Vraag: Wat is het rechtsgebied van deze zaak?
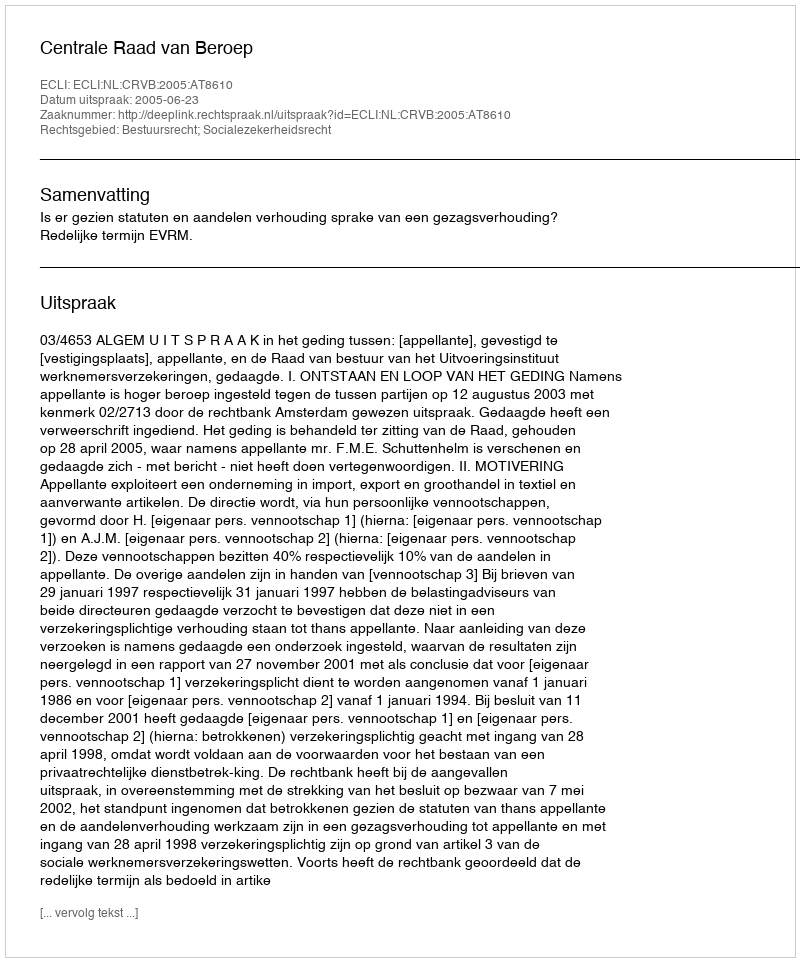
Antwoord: Bestuursrecht; Socialezekerheidsrecht